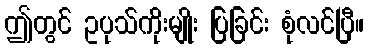
ဤတွင် ဥပုသ်ကိုးမျိုး ပြခြင်း စုံလင်ပြီ။